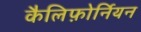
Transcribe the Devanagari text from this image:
कैलिफ़ोर्नियन